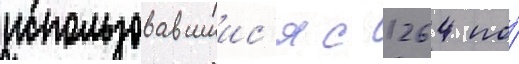
использовавшиис'я с 1264 по́